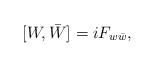
\begin{align*}[W,\bar W]=iF_{w\bar w},\end{align*}